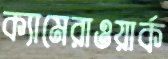
ক্যামেরাওয়ার্ক